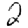
Digit: 2